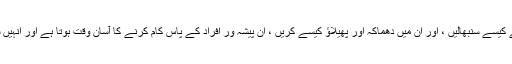
دھماکہ خیز ہتھیاروں کے بارے میں ان کے علم کی بدولت ، انہیں احتیاط سے کیسے سنبھالیں ، اور ان میں دھماکہ اور پھیلاؤ کیسے کریں ، ان پیشہ ور افراد کے پاس کام کرنے کا آسان وقت ہوتا ہے اور انہیں سالانہ تقریبا$ ،000،000،000،$$$ ڈالر کی خوبصورت تنخواہ ملتی ہے۔